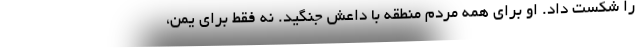
را شکست داد. او برای همه مردم منطقه با داعش جنگید. نه فقط برای یمن،